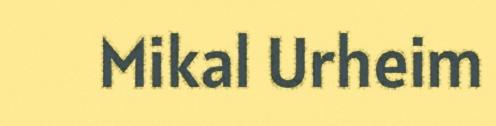
Mikal Urheim